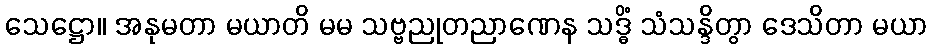
သေဋ္ဌော။ အနုမတာ မယာတိ မမ သဗ္ဗညုတညာဏေန သဒ္ဓိံ သံသန္ဒိတွာ ဒေသိတာ မယာ